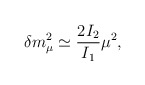
\begin{align*}\delta m^2_{\mu} \simeq \frac{2 I_2}{I_1} \mu^2,\end{align*}